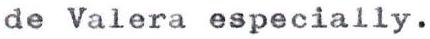
de Valera especially.